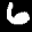
Label: 6